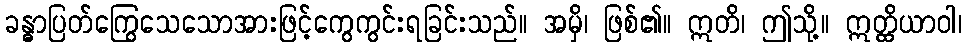
ခန္ဓာပြတ်ကြွေသေသောအားဖြင့်ကွေကွင်းရခြင်းသည်။ အမှိ၊ ဖြစ်၏။ ဣတိ၊ ဤသို့။ ဣတ္ထိယာဝါ၊